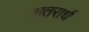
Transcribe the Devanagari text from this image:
अतरार्ध